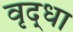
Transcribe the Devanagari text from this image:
वृृद्धा